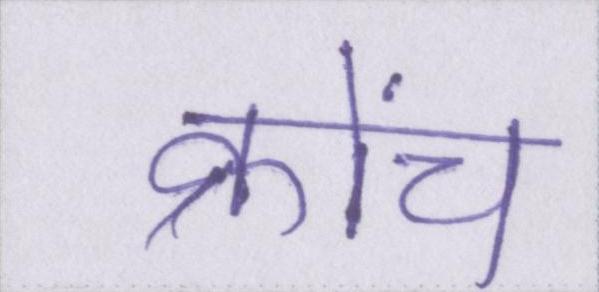
क्रोंच